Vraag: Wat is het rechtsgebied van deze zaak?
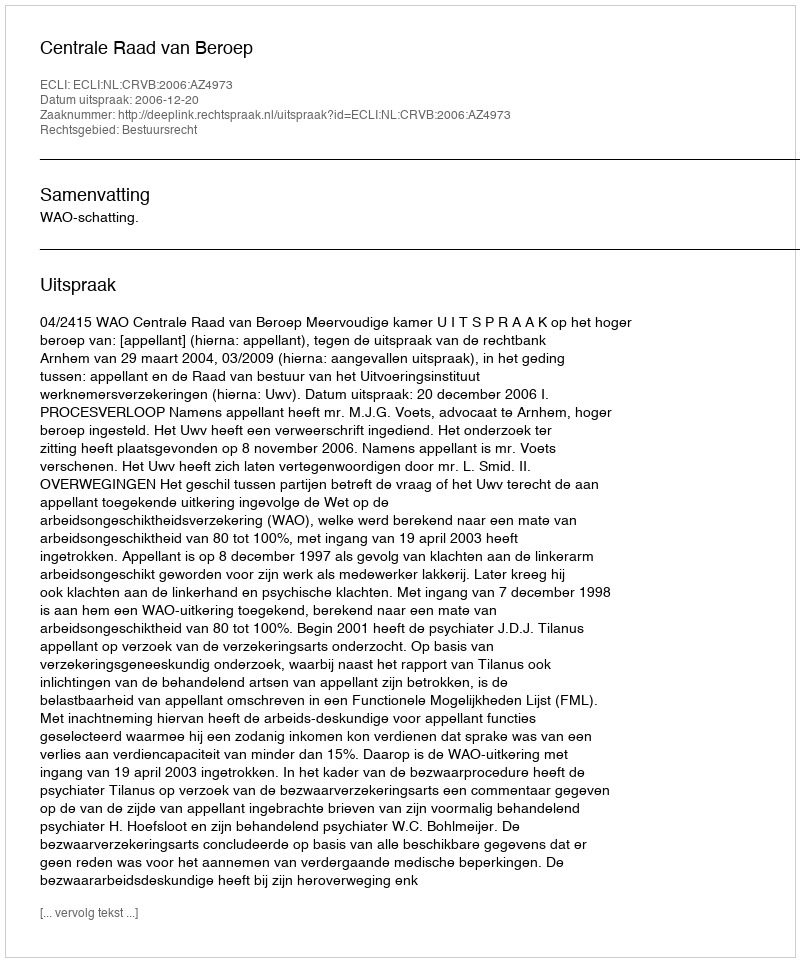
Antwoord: Bestuursrecht